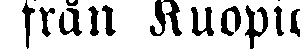
från Kuopio